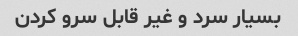
بسیار سرد و غیر قابل سرو کردن